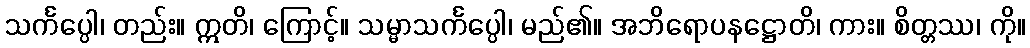
သင်္ကပ္ပေါ၊ တည်း။ ဣတိ၊ ကြောင့်။ သမ္မာသင်္ကပ္ပေါ၊ မည်၏။ အဘိရောပနဋ္ဌောတိ၊ ကား။ စိတ္တဿ၊ ကို။